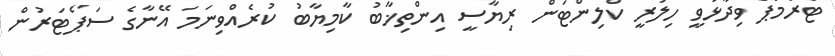
ޓްރަމްޕް ވިދާޅުވީ ހިލަރީ ކްލިންޓަން ރިޔާސީ އިންތިޚާބު ކާމިޔާބު ކުރެއްވިނަމަ އޭނާގެ ސަޕޯޓަރުން